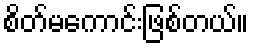
စိတ်မကောင်းဖြစ်တယ်။